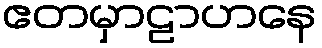
ဧတမှာဠာဟနေ